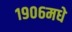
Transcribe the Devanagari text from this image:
१९०६मधे